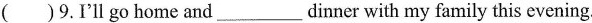
( )9.I'll go home and___dinner with my family this evening.